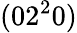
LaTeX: (02^{2}0)